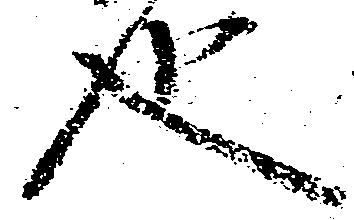
也